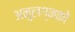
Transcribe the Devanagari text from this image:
अनुलग्नकों